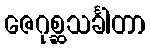
ဇေဂုစ္ဆသင်္ခါတာ